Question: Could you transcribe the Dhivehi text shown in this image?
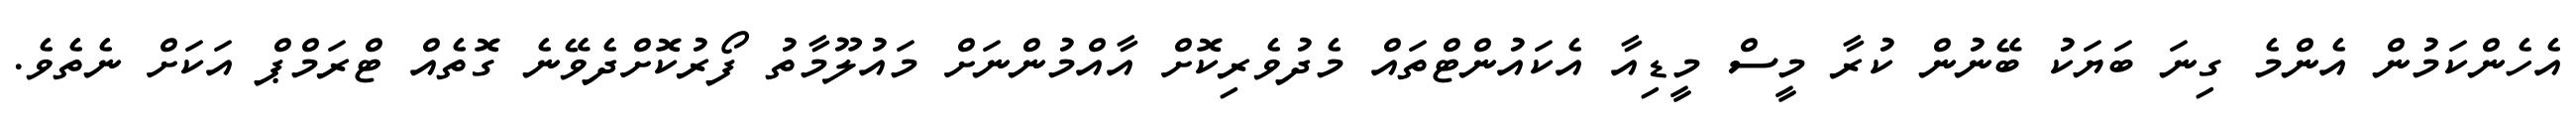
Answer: އެހެންކަމުން އެންމެ ގިނަ ބަޔަކު ބޭނުން ކުރާ މީސް މީޑިއާ އެކައުންޓްތައް މެދުވެރިކޮށް އާއްމުންނަށް މައުލޫމާތު ފޯރުކޮށްދެވޭނެ ގޮތެއް ޓްރަމްޕް އަކަށް ނެތެވެ.